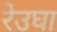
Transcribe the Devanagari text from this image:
रेउघा